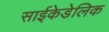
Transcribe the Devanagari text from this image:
साईकेडेलिक